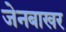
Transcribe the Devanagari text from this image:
जेनबाखर